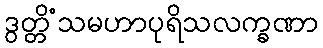
ဒွတ္တိံသမဟာပုရိသလက္ခဏာ